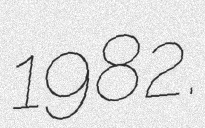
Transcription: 1982.